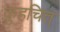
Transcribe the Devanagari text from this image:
कुहचित्